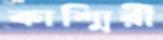
কাশ্মিরী